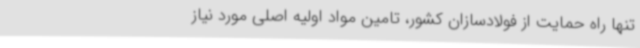
تنها راه حمایت از فولادسازان کشور، تامین مواد اولیه اصلی مورد نیاز